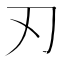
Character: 刃